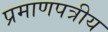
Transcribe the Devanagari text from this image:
प्रमाणपत्रीय